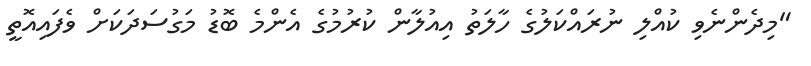
"މިދެންނެވި ކުއްލި ނުރައްކަލުގެ ހާލަތު އިއުލާން ކުރުމުގެ އެންމެ ބޮޑު މަގުސަދަކަށް ވެފައިއޮތީ